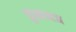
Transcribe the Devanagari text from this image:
कुमध्वज